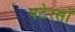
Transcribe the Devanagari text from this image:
पटेरसों